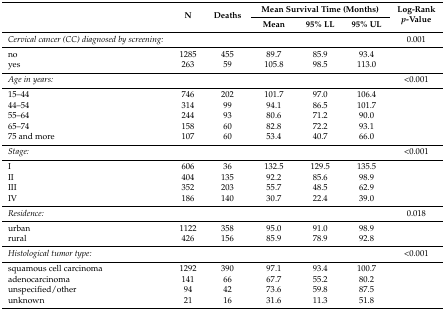
<table><thead><tr><td rowspan="2"></td><td rowspan="2"><b>N</b></td><td rowspan="2"><b>Deaths</b></td><td colspan="3"><b>Mean Survival Time (Months)</b></td><td rowspan="2"><b>Log-Rank <i>p</i>-Value</b></td></tr><tr><td><b>Mean</b></td><td><b>95% LL</b></td><td><b>95% UL</b></td></tr></thead><tbody><tr><td><i>Cervical cancer (CC) diagnosed by screening:</i></td><td></td><td></td><td></td><td></td><td></td><td>0.001</td></tr><tr><td>no</td><td>1285</td><td>455</td><td>89.7</td><td>85.9</td><td>93.4</td><td rowspan="2"></td></tr><tr><td>yes</td><td>263</td><td>59</td><td>105.8</td><td>98.5</td><td>113.0</td></tr><tr><td><i>Age in years:</i></td><td></td><td></td><td></td><td></td><td></td><td>&lt;0.001</td></tr><tr><td>15–44</td><td>746</td><td>202</td><td>101.7</td><td>97.0</td><td>106.4</td><td></td></tr><tr><td>44–54</td><td>314</td><td>99</td><td>94.1</td><td>86.5</td><td>101.7</td><td></td></tr><tr><td>55–64</td><td>244</td><td>93</td><td>80.6</td><td>71.2</td><td>90.0</td><td></td></tr><tr><td>65–74</td><td>158</td><td>60</td><td>82.8</td><td>72.2</td><td>93.1</td><td></td></tr><tr><td>75 and more</td><td>107</td><td>60</td><td>53.4</td><td>40.7</td><td>66.0</td><td></td></tr><tr><td><i>Stage:</i></td><td></td><td></td><td></td><td></td><td></td><td>&lt;0.001</td></tr><tr><td>I</td><td>606</td><td>36</td><td>132.5</td><td>129.5</td><td>135.5</td><td rowspan="4"></td></tr><tr><td>II</td><td>404</td><td>135</td><td>92.2</td><td>85.6</td><td>98.9</td></tr><tr><td>III</td><td>352</td><td>203</td><td>55.7</td><td>48.5</td><td>62.9</td></tr><tr><td>IV</td><td>186</td><td>140</td><td>30.7</td><td>22.4</td><td>39.0</td></tr><tr><td><i>Residence:</i></td><td></td><td></td><td></td><td></td><td></td><td>0.018</td></tr><tr><td>urban</td><td>1122</td><td>358</td><td>95.0</td><td>91.0</td><td>98.9</td><td rowspan="2"></td></tr><tr><td>rural</td><td>426</td><td>156</td><td>85.9</td><td>78.9</td><td>92.8</td></tr><tr><td><i>Histological tumor type:</i></td><td></td><td></td><td></td><td></td><td></td><td>&lt;0.001</td></tr><tr><td>squamous cell carcinoma</td><td>1292</td><td>390</td><td>97.1</td><td>93.4</td><td>100.7</td><td rowspan="4"></td></tr><tr><td>adenocarcinoma</td><td>141</td><td>66</td><td>67.7</td><td>55.2</td><td>80.2</td></tr><tr><td>unspecified/other</td><td>94</td><td>42</td><td>73.6</td><td>59.8</td><td>87.5</td></tr><tr><td>unknown</td><td>21</td><td>16</td><td>31.6</td><td>11.3</td><td>51.8</td></tr></tbody></table>